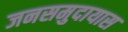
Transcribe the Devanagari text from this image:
जनसमुदायास